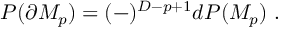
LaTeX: P ( \partial { \cal M } _ { p } ) = ( - ) ^ { D - p + 1 } d P ( { \cal M } _ { p } ) \ .